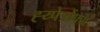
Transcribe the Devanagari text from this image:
ह्य्पेर्त्रोफ्य